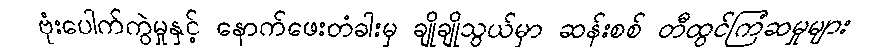
ဗုံးပေါက်ကွဲမှုနှင့် နောက်ဖေးတံခါးမှ ချိုချိုသွယ်မှာ ဆန်းစစ် တီထွင်ကြံဆမှုများ